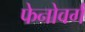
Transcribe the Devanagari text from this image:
फेनोवर्ग